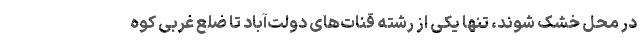
در محل خشک شوند، تنها یکی از رشته قنات‌های دولت‌آباد تا ضلع غربی کوه